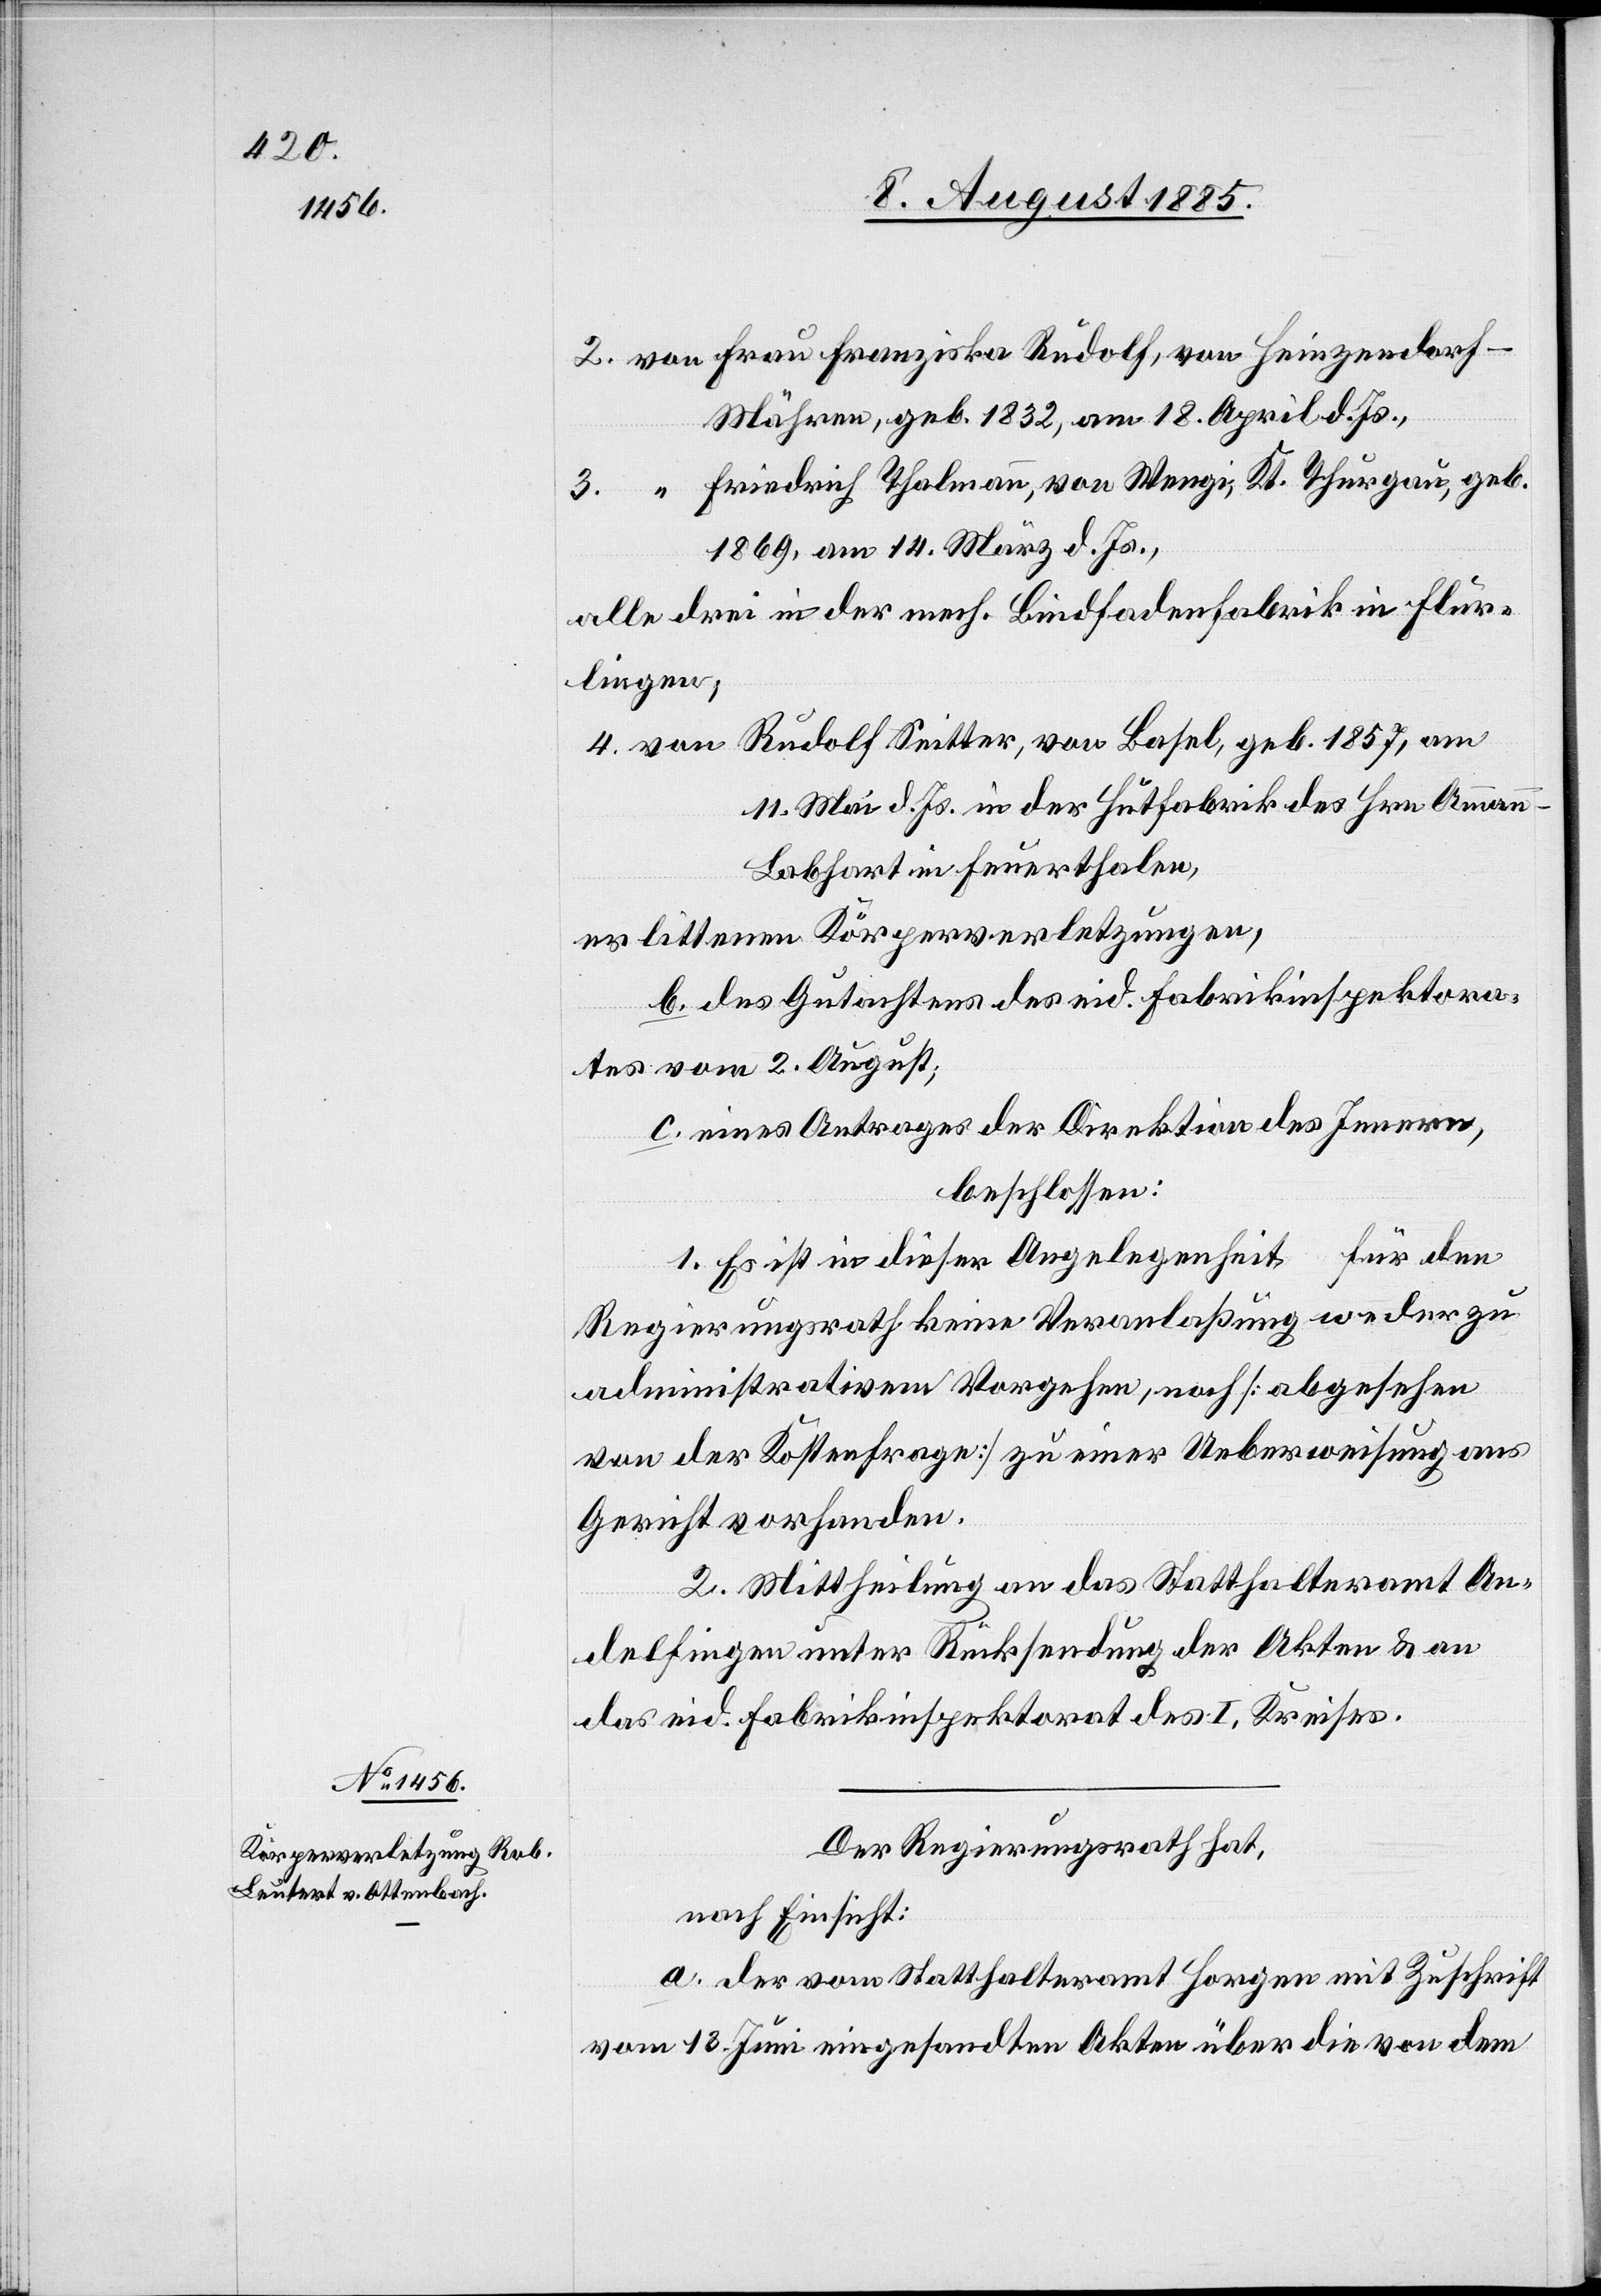
Mähren, geb. 1832, am 18. April d. Js.,
Friedrich Thalmann, von Wengi, Kt. Thurgau, geb.
1864, am 14. März d. Js.,
alle drei in der mech. Bindfadenfabrik in Flur¬
lingen,
4. von Rudolf Seitter, von Basel, geb. 1857, am
11. Mai d. Js. in der Hutfabrik des Hrn. Ammann
Labhart in Feuerthalen,
b. des Gutachtens des eid. Fabrikinspektora¬
tes vom 2. August;
c. eines Antrages der Direktion des Innern,
beschlossen:
1. Es ist in dieser Angelegenheit, für den
Regierungsrath keine Veranlaßung weder zu
administrativem Vorgehen, noch [abgesehen
von der Kostenfrage] zu einer Ueberweisung ans
Gericht vorhanden.
2. Mittheilung an das Statthalteramt An¬
delfingen unter Rücksendung der Akten & an
das eid. Fabrikinspektorat des I. Kreises.
Der Regierungsrath hat,
nach Einsicht:
a. der vom Statthalteramt Horgen mit Zuschrift
vom 13. Juni eingesandten Akten über die von dem